Mental hospitals Bombay report 1921-28 - 1921-1928
Year: 1921
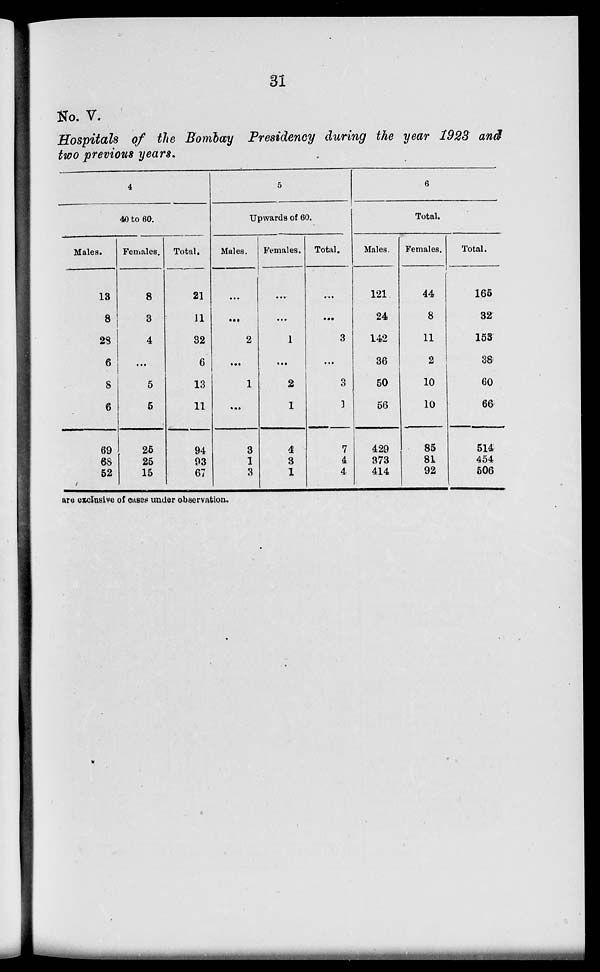
31
No. V.
Hospitals of the Bombay Presidency during the year 1928 and
two previous years.
4
40 to 60.
Males.
13
8
23
6
8
6
69
68
52
Females.
8
3
4
...
5
5
25
25
15
Total.
21
11
32
6
13
11
94
93
67
5
Upwards of 60.
Males.
...
...
2
...
1
...
3
1
3
Females.
...
...
1
...
2
1
4
3
1
Total.
...
3
...
3
1
7
4
4
6
Total.
Males.
121
24
142
36
50
56
429
373
414
Females.
44
8
11
2
10
10
85
81
92
Total.
165
32
153
38
60
66
514
454
506
are exclusive of cuses under observation.